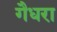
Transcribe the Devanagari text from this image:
गैधरा